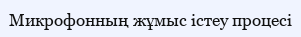
Микрофонның жұмыс істеу процесі